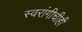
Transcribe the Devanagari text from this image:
स्वरांगीचीही